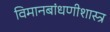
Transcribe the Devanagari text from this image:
विमानबांधणीशास्त्र